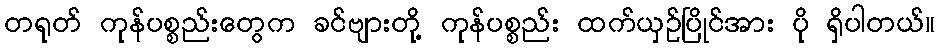
တရုတ် ကုန်ပစ္စည်းတွေက ခင်ဗျားတို့ ကုန်ပစ္စည်း ထက်ယှဉ်ပြိုင်အား ပို ရှိပါတယ်။